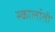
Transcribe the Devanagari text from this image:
स्कार्लाती